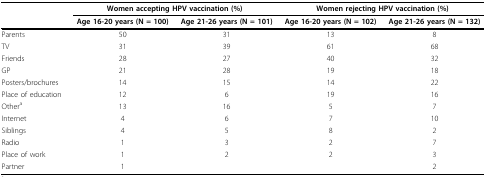
<table><thead><tr><td></td><td colspan="2"><b>Women accepting HPV vaccination (%)</b></td><td colspan="2"><b>Women rejecting HPV vaccination (%)</b></td></tr><tr><td></td><td><b>Age 16-20 years (N = 100)</b></td><td><b>Age 21-26 years (N = 101)</b></td><td><b>Age 16-20 years (N = 102)</b></td><td><b>Age 21-26 years (N = 132)</b></td></tr></thead><tbody><tr><td>Parents</td><td>50</td><td>31</td><td>13</td><td>8</td></tr><tr><td>TV</td><td>31</td><td>39</td><td>61</td><td>68</td></tr><tr><td>Friends</td><td>28</td><td>27</td><td>40</td><td>32</td></tr><tr><td>GP</td><td>21</td><td>28</td><td>19</td><td>18</td></tr><tr><td>Posters/brochures</td><td>14</td><td>15</td><td>14</td><td>22</td></tr><tr><td>Place of education</td><td>12</td><td>6</td><td>19</td><td>16</td></tr><tr><td>Other<sup>a</sup></td><td>13</td><td>16</td><td>5</td><td>7</td></tr><tr><td>Internet</td><td>4</td><td>6</td><td>7</td><td>10</td></tr><tr><td>Siblings</td><td>4</td><td>5</td><td>8</td><td>2</td></tr><tr><td>Radio</td><td>1</td><td>3</td><td>2</td><td>7</td></tr><tr><td>Place of work</td><td>1</td><td>2</td><td>2</td><td>3</td></tr><tr><td>Partner</td><td>1</td><td></td><td></td><td>2</td></tr></tbody></table>